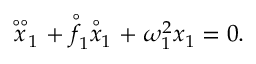
\begin{array} { r } { \stackrel { \circ \circ } { x } _ { 1 } + \stackrel { \circ } { f } _ { 1 } \stackrel { \circ } { x } _ { 1 } + \; \omega _ { 1 } ^ { 2 } x _ { 1 } = 0 . } \end{array}